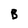
Character: B